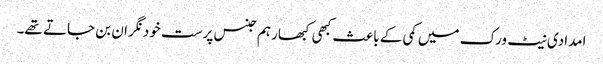
امدادی نیٹ ورک میں کمی کے باعث کبھی کبھار ہم جنس پرست خود نگران بن جاتے تھے۔